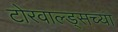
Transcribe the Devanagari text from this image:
टोरवाल्ड्सच्या